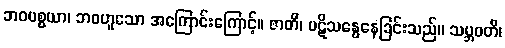
ဘဝပစ္စယာ၊ ဘဝဟူသော အကြောင်းကြောင့်။ ဇာတိ၊ ပဋိသန္ဓေနေခြင်းသည်။ သမ္ဘဝတိ၊